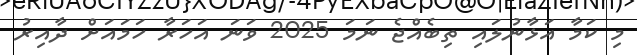
މި ކަމާ އަޅާނުލައި ތިބެއްޖެ ނަމަ 2025 ވަނަ އަހަރާ ހަމައަށް ދާއިރު